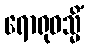
ရောရုဝသ္မိံ